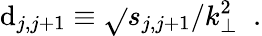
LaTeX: \mathrm{d}_{j,j+1}\equiv\sqrt{}{{s_{j,j+1}/k_{\perp}^{2}}}\; \; .